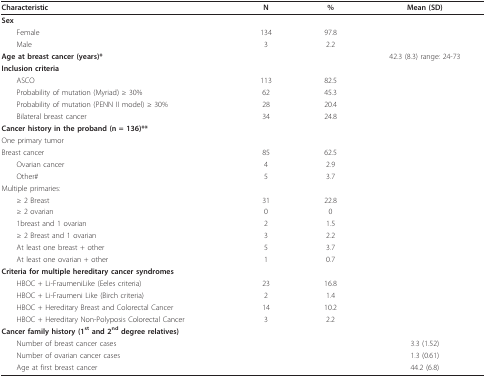
<table><thead><tr><td><b>Characteristic</b></td><td><b>N</b></td><td><b>%</b></td><td><b>Mean (SD)</b></td></tr></thead><tbody><tr><td><b>Sex</b></td><td></td><td></td><td></td></tr><tr><td> Female</td><td>134</td><td>97.8</td><td></td></tr><tr><td> Male</td><td>3</td><td>2.2</td><td></td></tr><tr><td><b>Age at breast cancer (years)*</b></td><td></td><td></td><td>42.3 (8.3) range: 24-73</td></tr><tr><td><b>Inclusion criteria</b></td><td></td><td></td><td></td></tr><tr><td> ASCO</td><td>113</td><td>82.5</td><td></td></tr><tr><td> Probability of mutation (Myriad) ≥ 30%</td><td>62</td><td>45.3</td><td></td></tr><tr><td> Probability of mutation (PENN II model) ≥ 30%</td><td>28</td><td>20.4</td><td></td></tr><tr><td> Bilateral breast cancer</td><td>34</td><td>24.8</td><td></td></tr><tr><td><b>Cancer history in the proband (n = 136)**</b></td><td></td><td></td><td></td></tr><tr><td>One primary tumor</td><td></td><td></td><td></td></tr><tr><td>Breast cancer</td><td>85</td><td>62.5</td><td></td></tr><tr><td> Ovarian cancer</td><td>4</td><td>2.9</td><td></td></tr><tr><td> Other#</td><td>5</td><td>3.7</td><td></td></tr><tr><td>Multiple primaries:</td><td></td><td></td><td></td></tr><tr><td> ≥ 2 Breast</td><td>31</td><td>22.8</td><td></td></tr><tr><td> ≥ 2 ovarian</td><td>0</td><td>0</td><td></td></tr><tr><td> 1breast and 1 ovarian</td><td>2</td><td>1.5</td><td></td></tr><tr><td> ≥ 2 Breast and 1 ovarian</td><td>3</td><td>2.2</td><td></td></tr><tr><td> At least one breast + other</td><td>5</td><td>3.7</td><td></td></tr><tr><td> At least one ovarian + other</td><td>1</td><td>0.7</td><td></td></tr><tr><td><b>Criteria for multiple hereditary cancer syndromes</b></td><td></td><td></td><td></td></tr><tr><td> HBOC + Li-FraumeniLike (Eeles criteria)</td><td>23</td><td>16.8</td><td></td></tr><tr><td> HBOC + Li-Fraumeni Like (Birch criteria)</td><td>2</td><td>1.4</td><td></td></tr><tr><td> HBOC + Hereditary Breast and Colorectal Cancer</td><td>14</td><td>10.2</td><td></td></tr><tr><td> HBOC + Hereditary Non-Polyposis Colorectal Cancer</td><td>3</td><td>2.2</td><td></td></tr><tr><td><b>Cancer family history (1<sup>st </sup>and 2<sup>nd </sup>degree relatives)</b></td><td></td><td></td><td></td></tr><tr><td> Number of breast cancer cases</td><td></td><td></td><td>3.3 (1.52)</td></tr><tr><td> Number of ovarian cancer cases</td><td></td><td></td><td>1.3 (0.61)</td></tr><tr><td> Age at first breast cancer</td><td></td><td></td><td>44.2 (6.8)</td></tr></tbody></table>